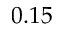
0 . 1 5